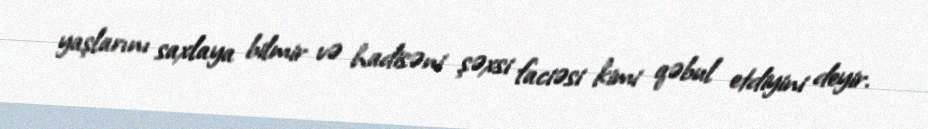
yaşlarını saxlaya bilmir və hadisəni şəxsi faciəsi kimi qəbul etdiyini deyir.